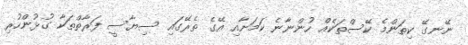
ނޭނގޭ ކިތަންމެ ކޭސްތަކެއް ހުންނާނެ ކަމަށާއި އޭގެ ތެރޭގައި ސިޔާސީ ފަރާތްތަކާ ގުޅުންހުރި